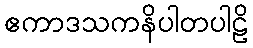
ဧကာဒသကနိပါတပါဠိ